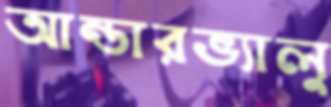
আন্ডারভ্যালু